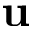
\mathbf { u }